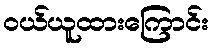
ဝယ်ယူထားကြောင်း